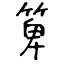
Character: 箄